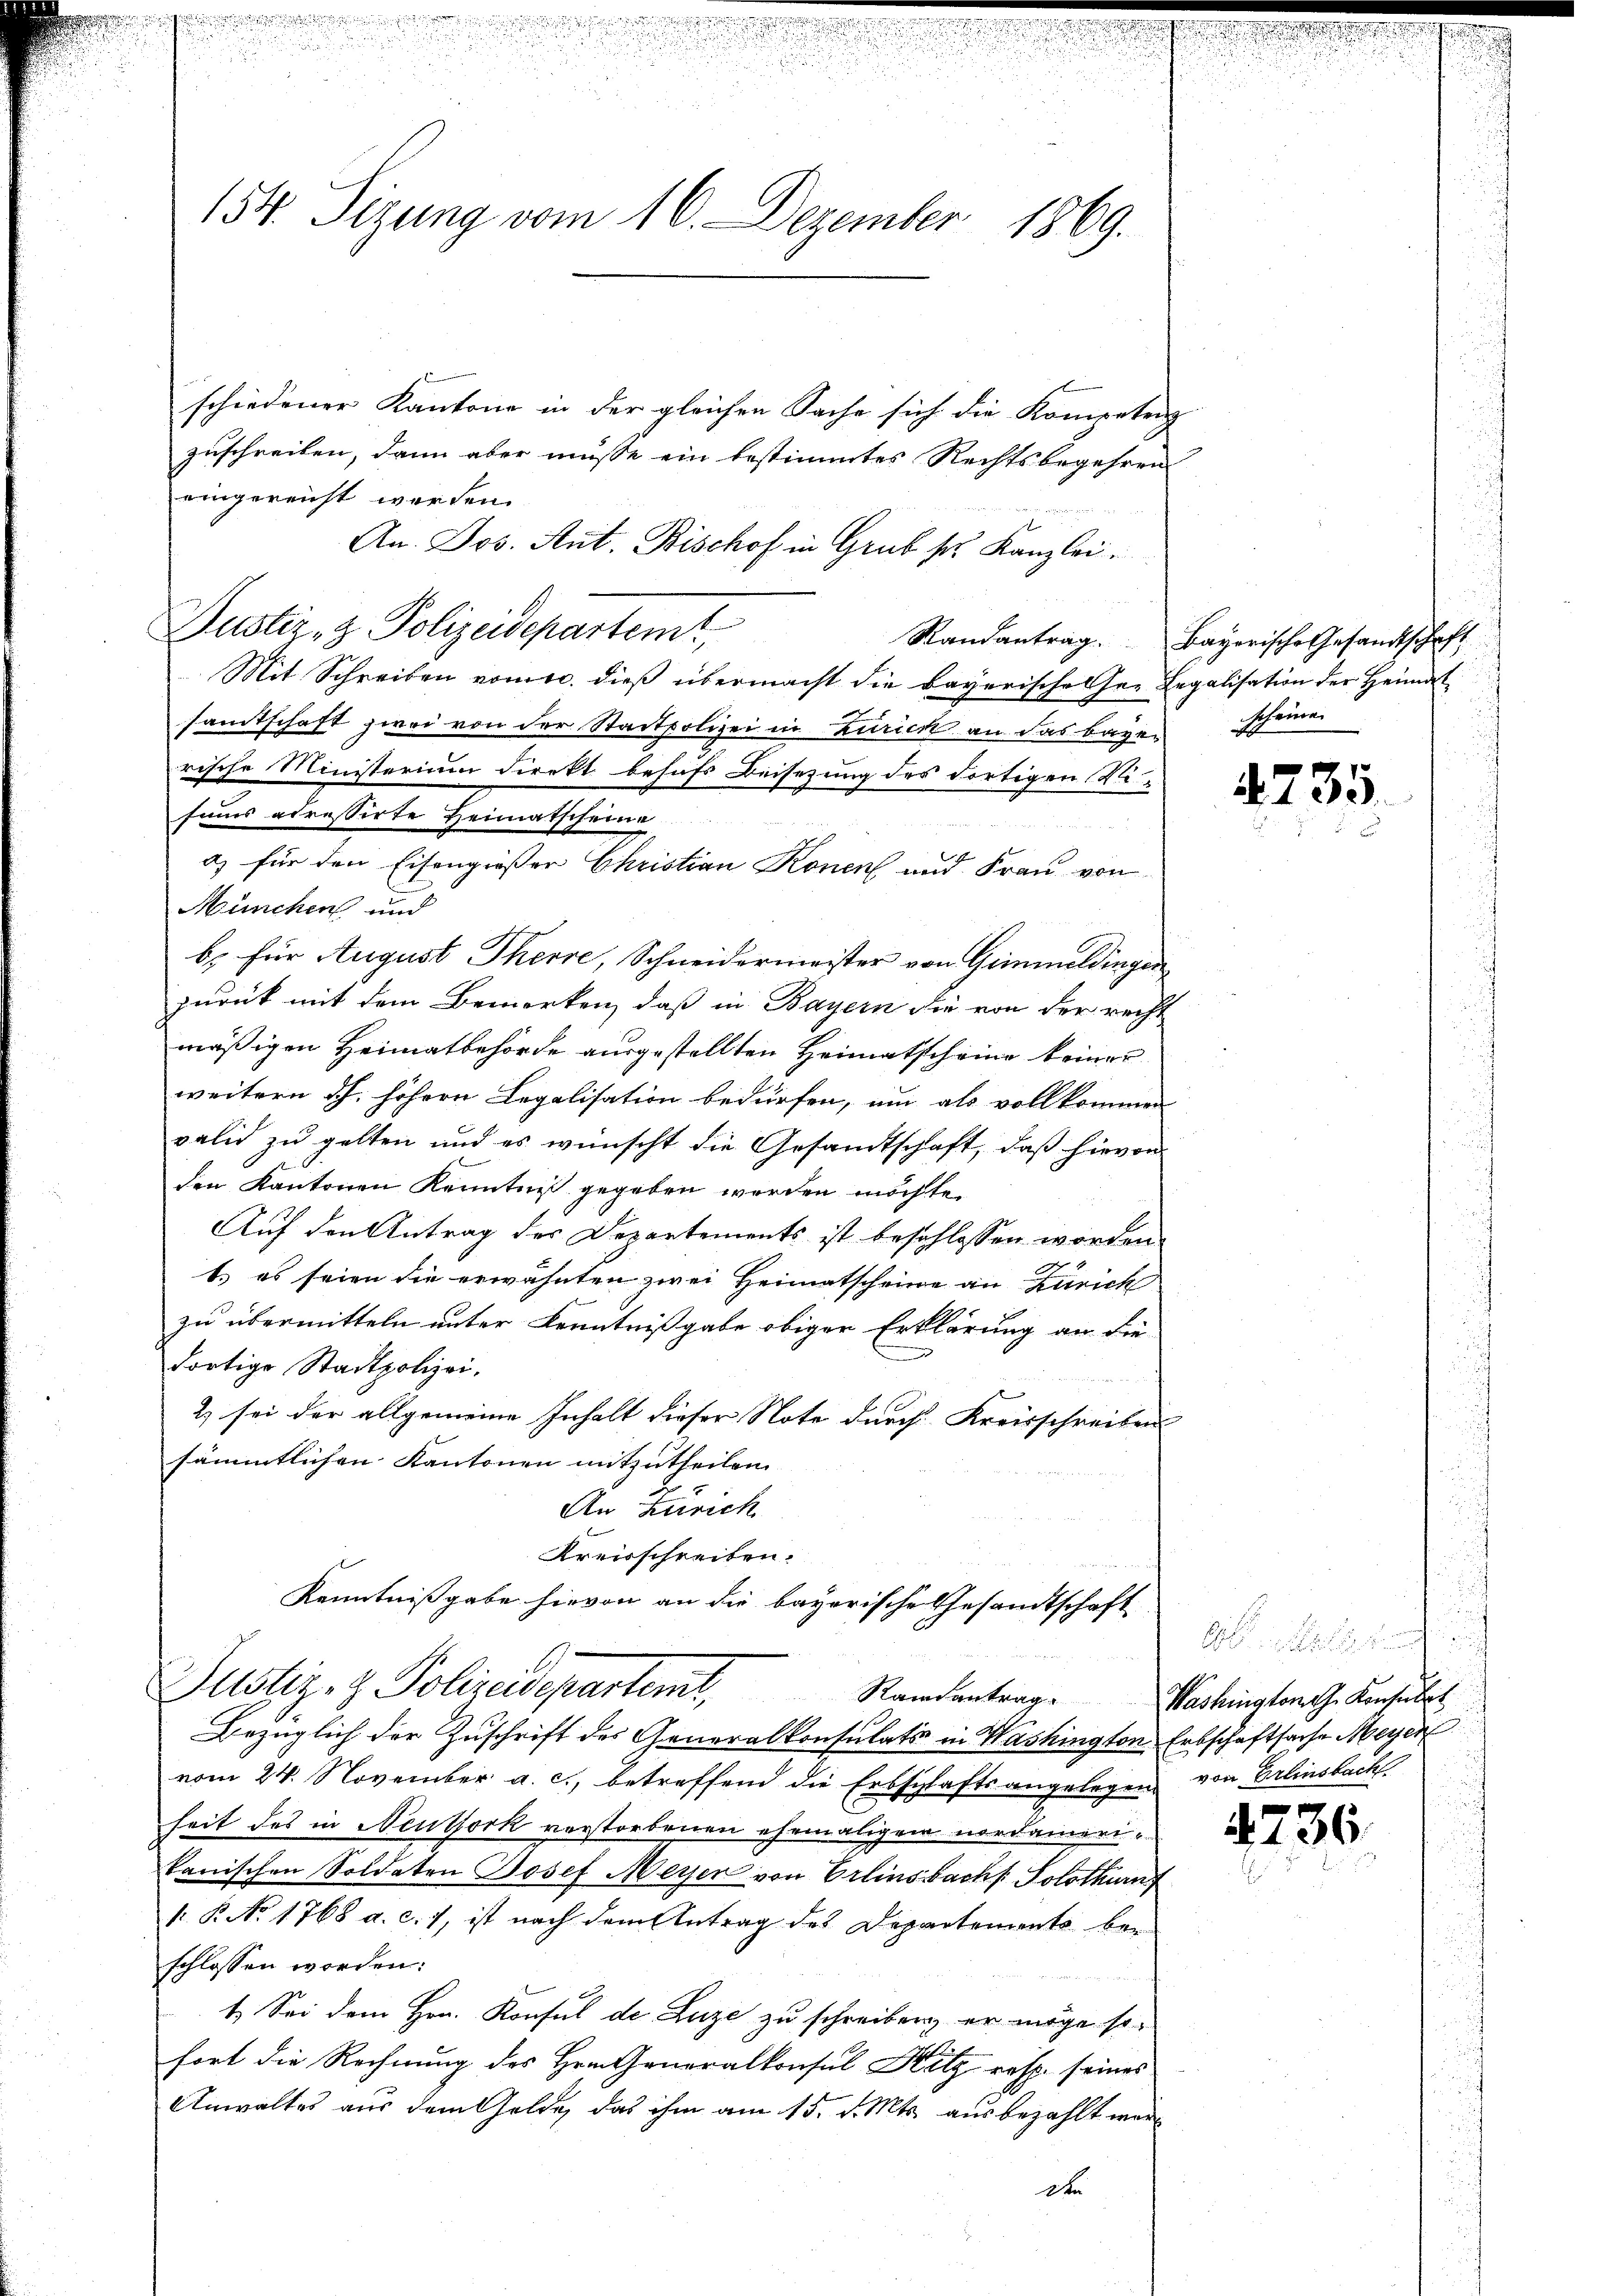
154. Sizung vom 16. Dezember 1869.

Justiz- & Polizeidepartem

schiedener Kantone in der gleichen Sache sich die Kompetenz
zuschreiben, dann aber müsse ein bestimmtes Rechtsbegehren
eingereicht werden.
An. Jos. Ant. Bischof in Grub sr. Kanzlei.
Mit Schreiben vomtc. dieß übermacht die Bayerisches her Legalisation der Heimat
samtschaft zwei von der Stadtpolizei in Zurick an das bayen scheine
rische Ministerium direkt behufs Beisezung des dortigen Sisums adressirte Heimatscheine
München und
b. für August Therre, Schneidermeister von Gimmeldingen
zurück mit dem Bemerken, daß in Bayern die von der recht
mäßigen Heimatbehörde ausgestellten Heimatscheine keiner
weitern dh. höhern Legalisation bedürfen, um als vollkommen
valid zu gelten und es wünscht die Gesamtschaft, daß hievon
den Kantonen Kenntniß gegeben werden möchte.
Auf den Antrag des Departements ist beschlossen worden
b.) es seien die erwähnten zwei Heimatscheine an Zürich
zu übermitteln unter Kenntnißgabe obiger Erklärung an die
dortige Stadtpolizei.
2) sei der allgemeine Inhalt dieser Note durch Kreisschreiben
sämmtlichen Kantonen mitzutheilen.
An Zürich
Kreisschreiben.
Kenntnißgabe hievon an die bayerische Gesandtschaft

a) für den Eisengießer Christian Konen und Frau von

ustiz- & Polizeidepartemt, Standentrage

Bezüglich der Zuschrift des Generalkonsulats in Washington Erbschaftsache Meyer
vom 24. November a. c., betreffend die Erbschaftsangelegen
heit des in Neuthork vorstorbenen ehemaligen nordamerikanischen Soldaten Josef Meisen von Erlinsbach. Solothurn
: P. No 1768 a. c. 7, ist nach dem Antrag des Departements bei
schlossen worden:
1. Sei dem Hrn. Konsul de Luze zu schreiben, er möge so
fort die Rechnung des Hrn. Generalkonsul Hitz resp. seines
Anwaltes aus dem Gelde, das ihm am 15. d. Mts. ausbezahlt wer¬
Der

Randantrag. Bayerische Gesandtschaft

4735.

Washington G. Konsulat
von Erlinsbach

4736.